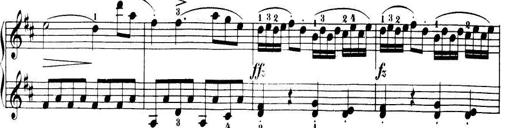
Title: 32 Sonatinas and Rondos for the Piano
Composer: Richard Kleinmichel